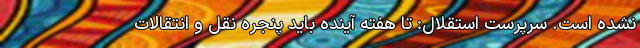
نشده است. سرپرست استقلال: تا هفته آینده باید پنجره نقل و انتقالات